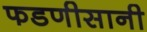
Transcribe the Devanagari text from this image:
फडणीसानी